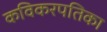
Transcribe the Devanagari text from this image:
कविकरपतिका